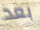
بعد